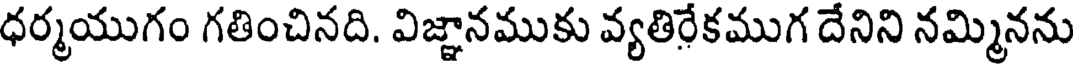
ధర్మయుగం గతించినది. విజ్ఞానముకు వ్యతిరేకముగ దేనిని నమ్మినను